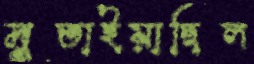
মুতাইয়াছিল